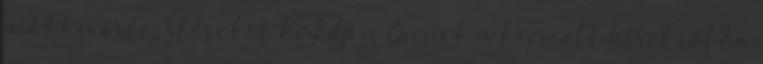
a 24.hu értesítéseket küldjön Önnek a kiemelt hírekről? a